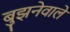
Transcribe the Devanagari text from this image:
बुझनेवाले